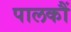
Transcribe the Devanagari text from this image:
पालकौं